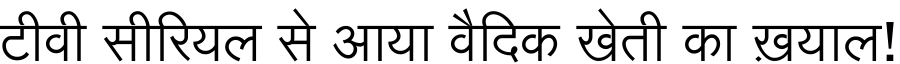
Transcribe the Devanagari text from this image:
टीवी सीरियल से आया वैदिक खेती का ख़याल!